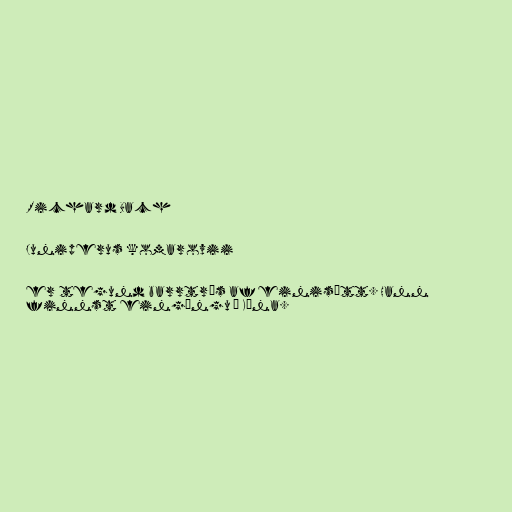
Richard Bach

Juniperus komarovii

er tegund barrtrés af einisætt. Hann
finnst eingöngu í Kína.